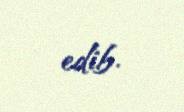
edib.